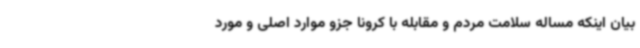
بیان اینکه مساله سلامت مردم و مقابله با کرونا جزو موارد اصلی و مورد